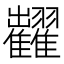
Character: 𱁐